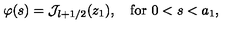
\varphi ( s ) = { \cal J } _ { l + 1 / 2 } ( z _ { 1 } ) , \quad \mathrm { f o r } \ 0 < s < a _ { 1 } ,